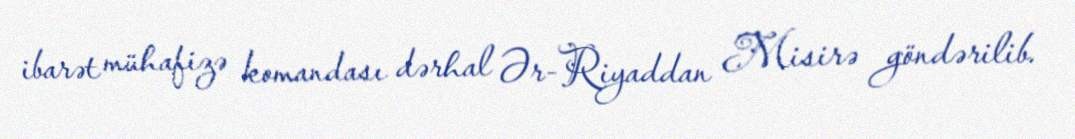
ibarət mühafizə komandası dərhal Ər-Riyaddan Misirə göndərilib.